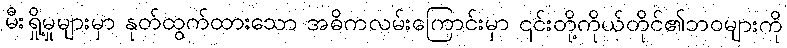
မီးရှို့မှုများမှာ နုတ်ထွက်ထားသော အဓိကလမ်းကြောင်းမှာ ၎င်းတို့ကိုယ်တိုင်၏ဘဝများကို